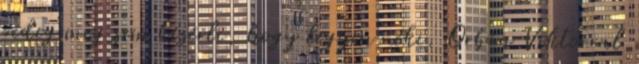
pedig meg sem kísérli, hogy legyen neki. Orbán Viktorral